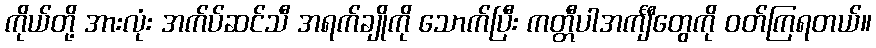
ကိုယ်တို့ အားလုံး အက်ပ်ဆင်သီ အရက်ချိုကို သောက်ပြီး ကတ္တီပါအင်္ကျီတွေကို ဝတ်ကြရတယ်။